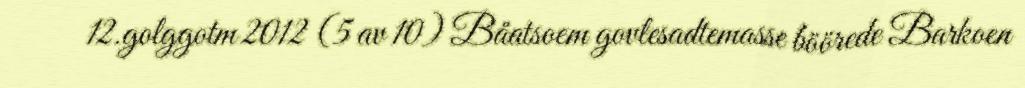
12.golggotm 2012 (5 av 10) Båatsoem govlesadtemasse böörede Barkoen